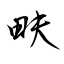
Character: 畉